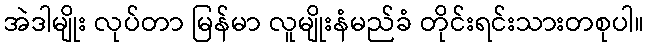
အဲဒါမျိုး လုပ်တာ မြန်မာ လူမျိုးနံမည်ခံ တိုင်းရင်းသားတစုပါ။